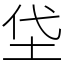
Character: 垈